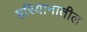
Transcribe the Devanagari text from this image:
हरियानातील